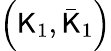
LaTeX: \left(\mathsf{K}_{1},\bar{{\mathsf{K}}}_{1}\right)